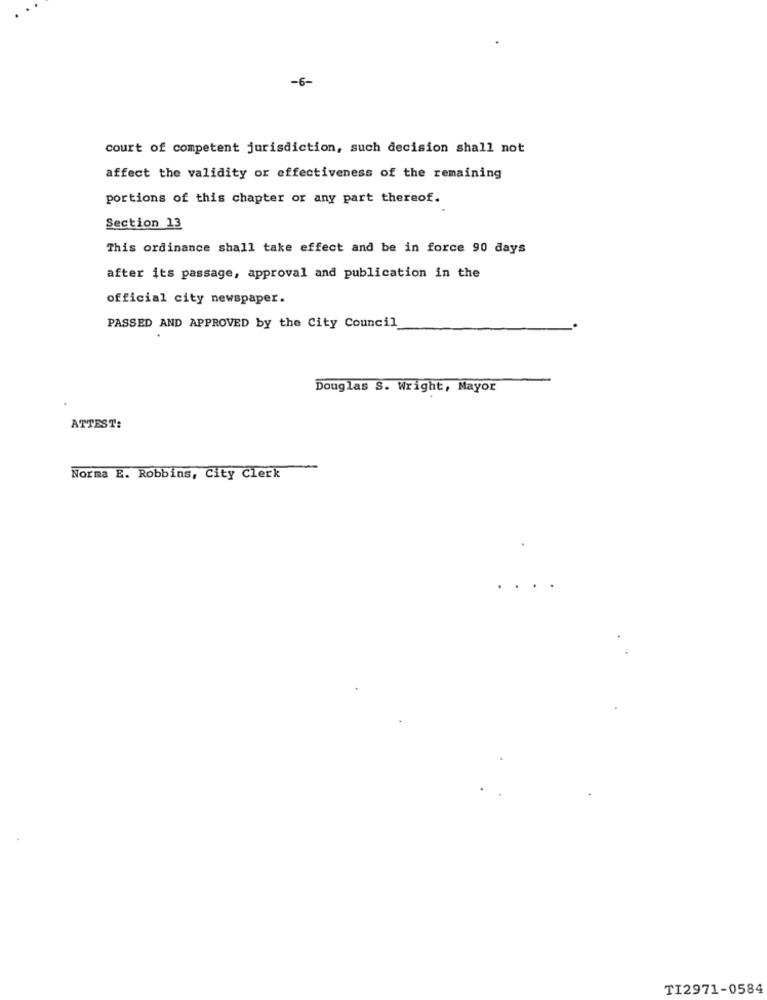
-6-
court of competent jurisdiction, such decision shall not
affect the validity or effectiveness of the remaining
portions of this chapter or any part thereof.
Section 13
This ordinance shall take effect and be in force 90 days
after its passage, approval and publication in the
official city newspaper.
PASSED AND APPROVED by the City Council
Douglas S. Wright, Mayor
ATTEST:
Norma E. Robbins, City Clerk
TI2971-0584